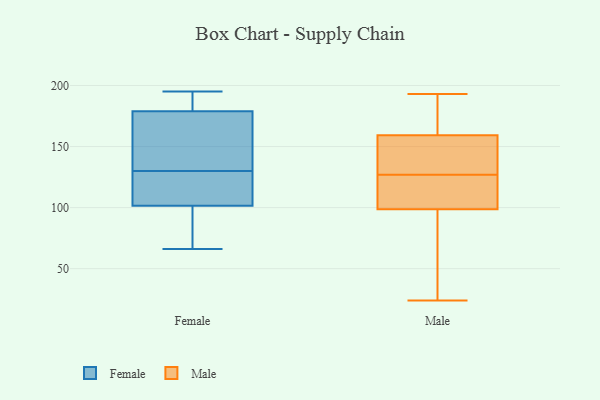
{"axis": {"x": "Energy Usage (MWh)", "y": "Value"}, "legend": ["Female", "Male"], "data": [{"x": "", "y": 176, "type": "Female"}, {"x": "", "y": 66, "type": "Female"}, {"x": "", "y": 139, "type": "Female"}, {"x": "", "y": 126, "type": "Female"}, {"x": "", "y": 100, "type": "Female"}, {"x": "", "y": 103, "type": "Female"}, {"x": "", "y": 134, "type": "Female"}, {"x": "", "y": 82, "type": "Female"}, {"x": "", "y": 104, "type": "Female"}, {"x": "", "y": 195, "type": "Female"}, {"x": "", "y": 193, "type": "Female"}, {"x": "", "y": 182, "type": "Female"}, {"x": "", "y": 148, "type": "Male"}, {"x": "", "y": 127, "type": "Male"}, {"x": "", "y": 163, "type": "Male"}, {"x": "", "y": 24, "type": "Male"}, {"x": "", "y": 92, "type": "Male"}, {"x": "", "y": 193, "type": "Male"}, {"x": "", "y": 120, "type": "Male"}, {"x": "", "y": 129, "type": "Male"}, {"x": "", "y": 119, "type": "Male"}, {"x": "", "y": 168, "type": "Male"}, {"x": "", "y": 87, "type": "Male"}]}